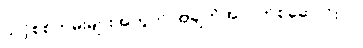
သင့်စစ်တမ်းများအတွက် အချက်အလက်စုဆောင်းပါ။